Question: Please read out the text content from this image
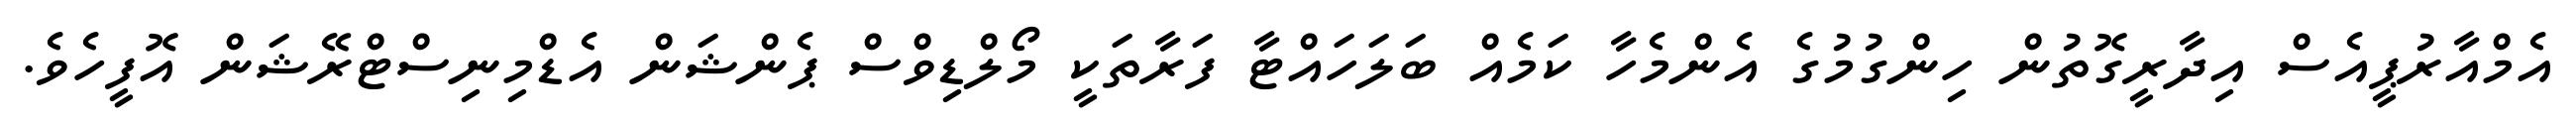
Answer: އެމްއާރުޕީއެސް އިދާރީގޮތުން ހިންގުމުގެ އެންމެހާ ކަމެއް ބަލަހައްޓާ ފަރާތަކީ މޯލްޑިވްސް ޕެންޝަން އެޑްމިނިސްޓްރޭޝަން އޮފީހެވެ.